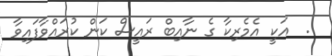
.  އަކީ އެމެރިކާ ގެ ނާއިބް ރައީސް ކަން ކުރައްވާފައިވާ